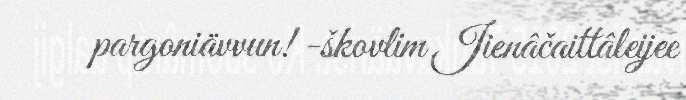
pargoniävvun! -škovlim Jienâčaittâleijee